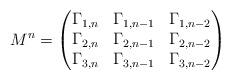
LaTeX: \begin{align*}M^n=\begin{pmatrix}\Gamma_{1,n} & \Gamma_{1,n-1} & \Gamma_{1,n-2} \\\Gamma_{2,n} & \Gamma_{2,n-1} & \Gamma_{2,n-2} \\\Gamma_{3,n} & \Gamma_{3,n-1} & \Gamma_{3,n-2}\end{pmatrix}\end{align*}